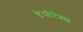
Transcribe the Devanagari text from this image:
डेसीटेक्स